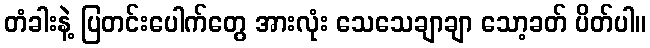
တံခါးနဲ့ ပြတင်းပေါက်တွေ အားလုံး သေသေချာချာ သော့ခတ် ပိတ်ပါ။